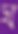
ঘ